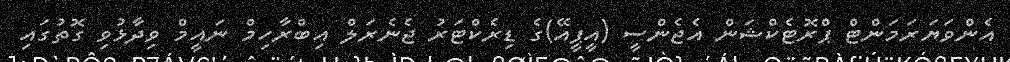
އެންވަޔަރަމަންޓް ޕްރޮޓެކްޝަން އެޖެންސީ (އީޕީއޭ)ގެ ޑިރެކްޓަރު ޖެނެރަލް އިބްރާހިމް ނައީމް ވިދާޅުވި ގޮތުގައި